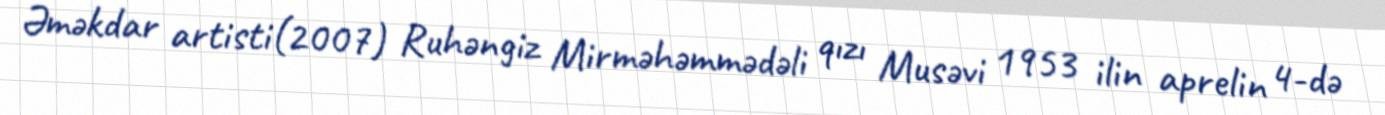
Əməkdar artisti(2007) Ruhəngiz Mirməhəmmədəli qızı Musəvi 1953 ilin aprelin 4-də